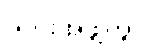
ယင်းအဖွဲ့တွင်